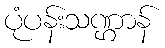
ပုံပန်းသဏ္ဌာန်